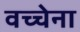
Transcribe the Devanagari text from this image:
वच्चेना